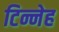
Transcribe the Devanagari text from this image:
टिन्नेह